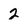
Character: 2